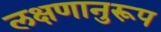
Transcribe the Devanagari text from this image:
लक्षणानुरूप